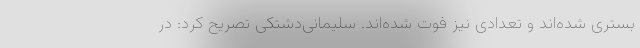
بستری شده‌اند و تعدادی نیز فوت شده‌اند. سلیمانی‌دشتکی تصریح کرد: در